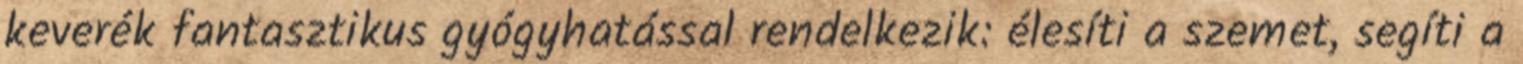
keverék fantasztikus gyógyhatással rendelkezik: élesíti a szemet, segíti a